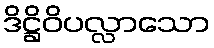
ဒိဋ္ဌိဝိပလ္လာသော